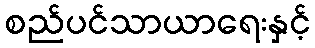
စည်ပင်သာယာရေးနှင့်